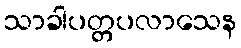
သာခါပတ္တပလာသေန